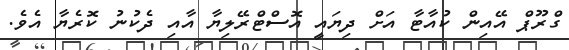
ގްރޫޕް އޭއިން ކުއާޓާ އަށް ދިޔައީ އޮސްޓްރޭލިޔާ އާއި ދެކުނު ކޮރެޔާ އެވެ.